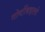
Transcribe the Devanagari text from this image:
गोष्टींबद्दलचे